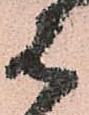
は